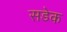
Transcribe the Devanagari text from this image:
सडेक